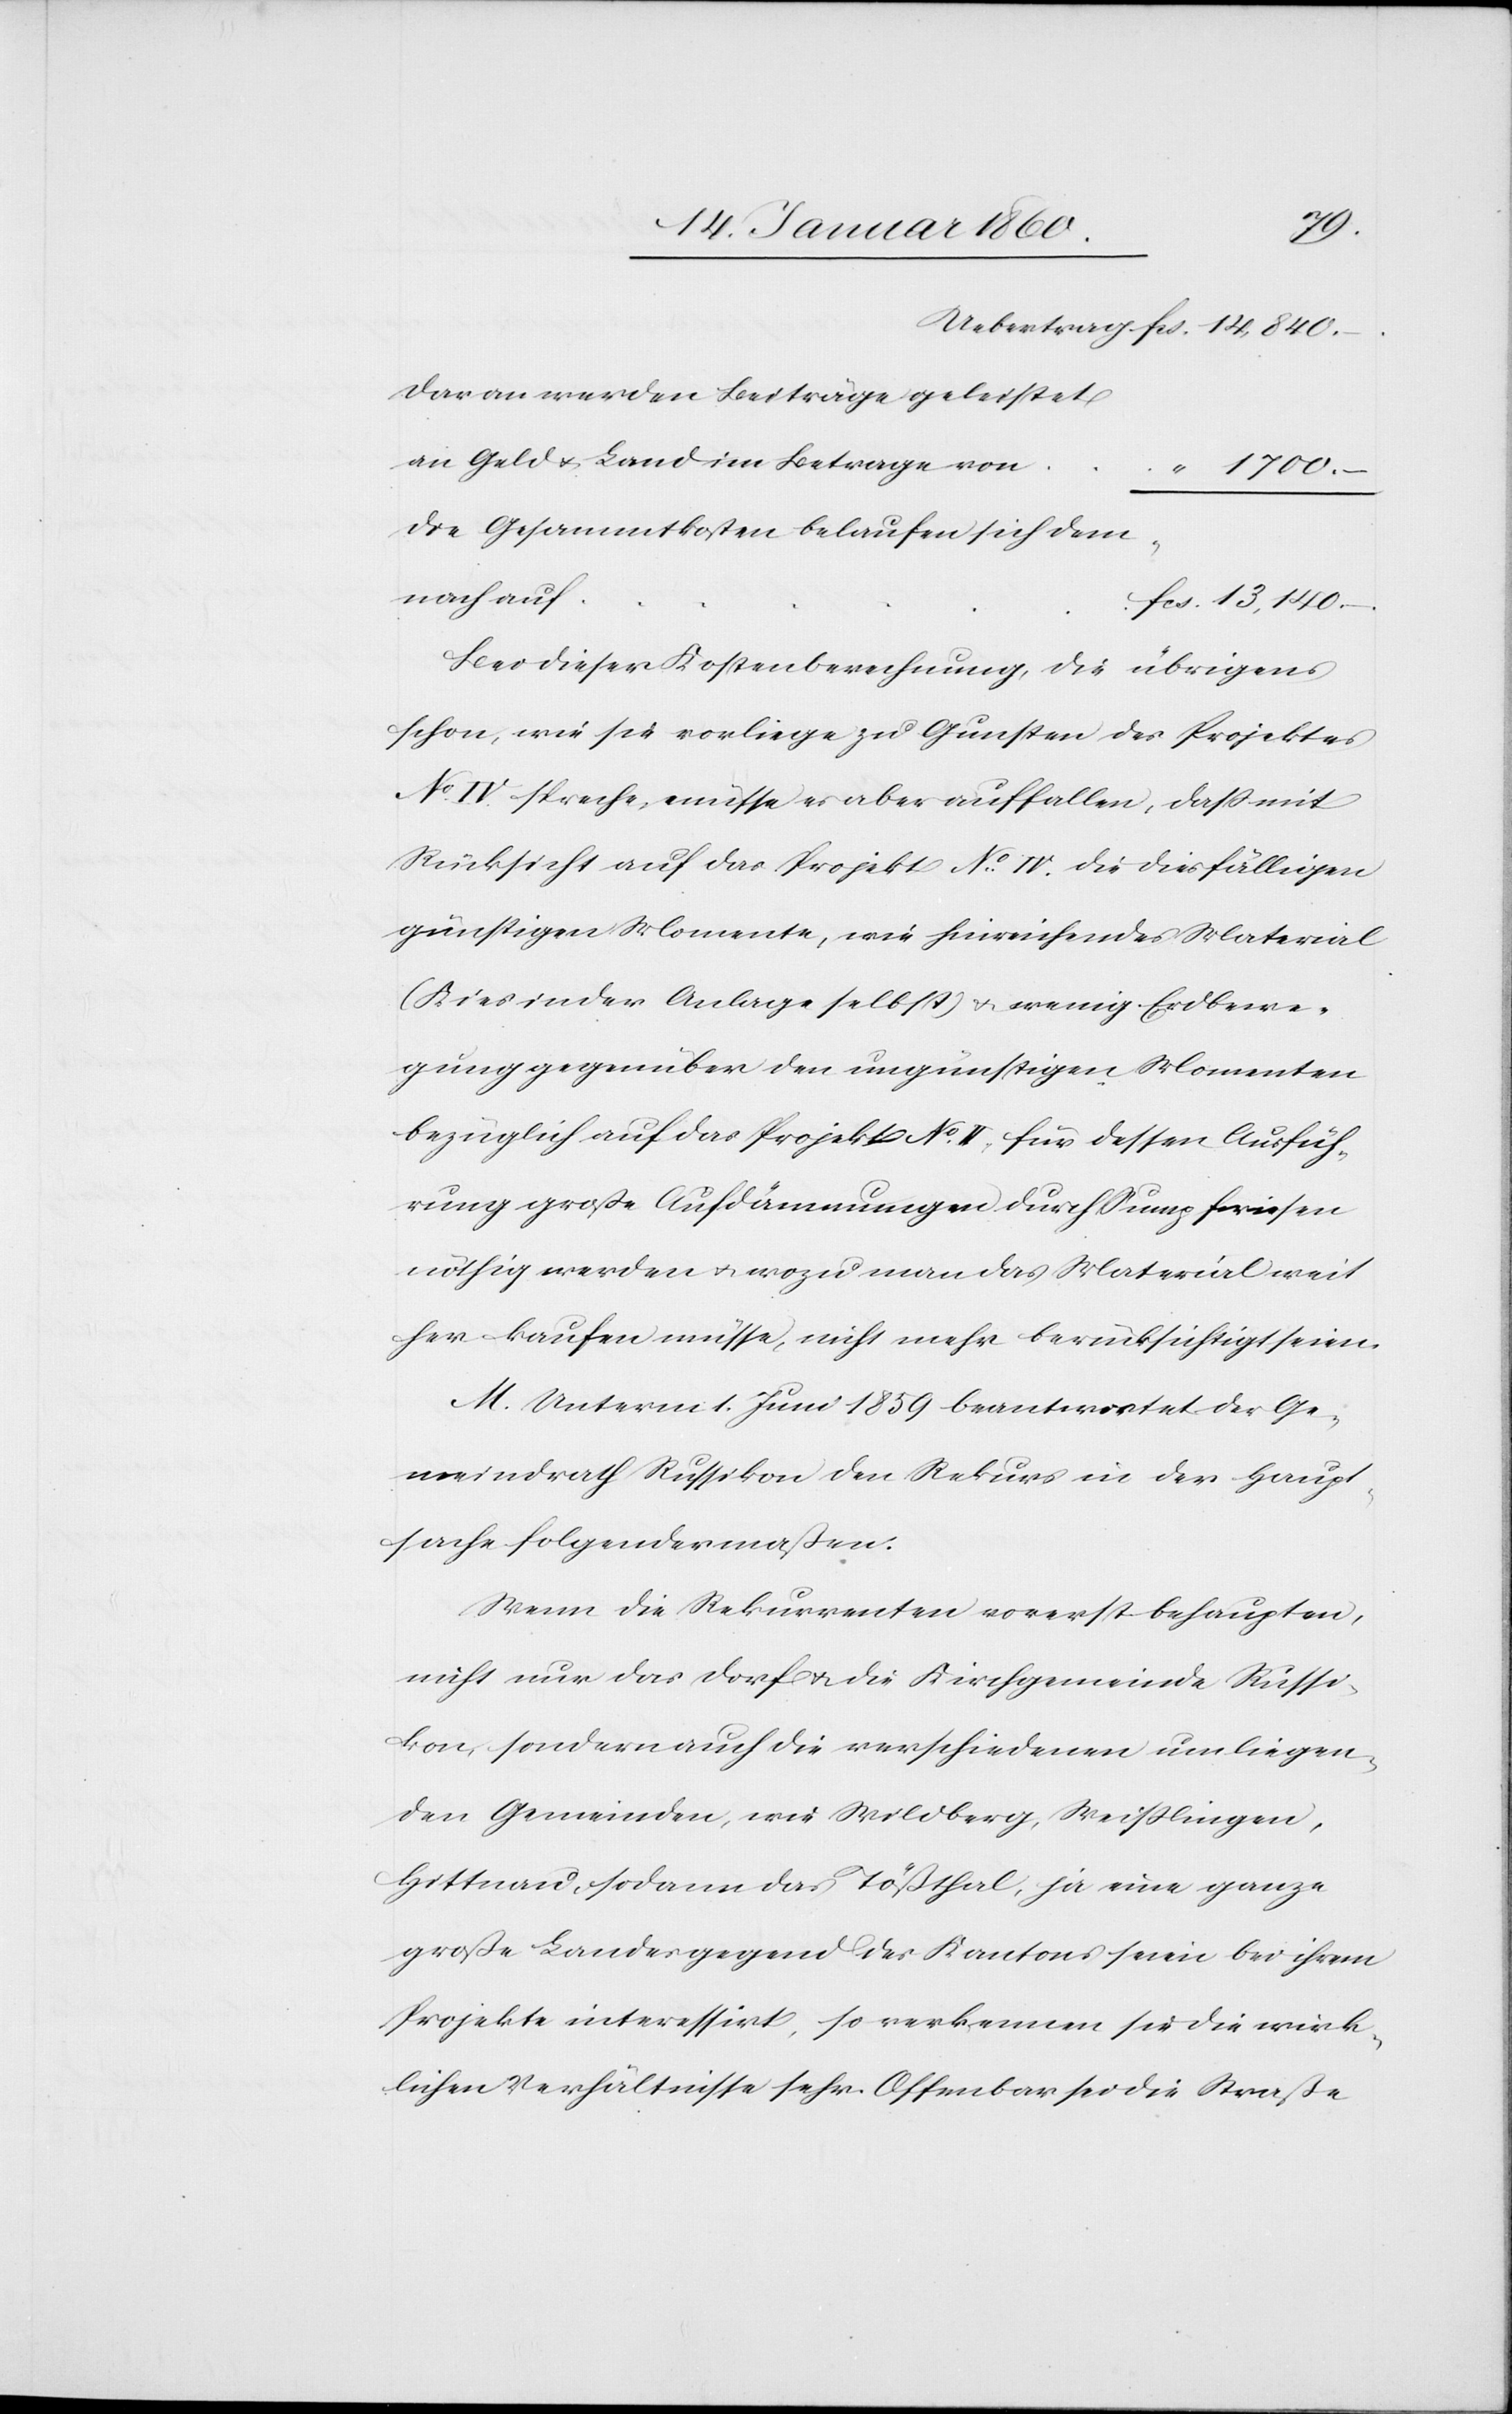
13,140.
daran werden Beiträge geleistet
an Geld u. Land im Betrage von
Die Gesammtkosten belaufen sich dem¬
nach auf
Bei dieser Kostenberechnung, die übrigens
schon, wie sie vorliege zu Gunsten des Projektes
No IV. spreche, müsse es aber auffallen, daß mit
Rücksicht auf das Projekt No IV. die diesfälligen
günstigen Momente, wie hinreichendes Material
(Kies in der Anlage selbst) u. wenig Erdbewe¬
gung gegenüber den ungünstigern Momenten
bezüglich auf das Projekt No II. für dessen Ausfüh¬
rung große Aufdämmungen durch Sumpfwiesen
nöthig werden u. wozu man das Material weit
her kaufen müsse, nicht mehr berücksichtigt seien.
M. Unterm 1. Juni 1859 beantwortet der Ge¬
meindrath Russikon den Rekurs in der Haupt¬
sache folgendermaßen.
Wenn die Rekurrenten vorerst behaupten,
nicht nur das Dorf u. die Kirchgemeinde Russi¬
kon, sondern auch die verschiedenen umliegen¬
den Gemeinden, wie Wildberg, Weisslingen,
Hittnau, sondern das Tößthal, ja eine ganze
große Landesgegend des Kantons seien bei ihrem
Projekte interessirt, so erkennen sie die wirk¬
lichen Verhältnisse sehr. Offenbar sei die Straße